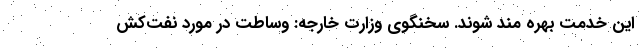
این خدمت بهره مند شوند. سخنگوی وزارت خارجه: وساطت در مورد نفت‌کش